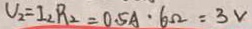
V _ { 2 } = I _ { 2 } R _ { 2 } = 0 . 5 A \cdot 6 \Omega = 3 V